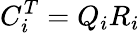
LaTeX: C_{i}^{T}=Q_{i}R_{i}